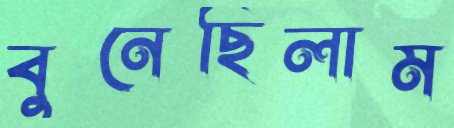
বুনেছিলাম